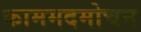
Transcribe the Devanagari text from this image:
काममदमोचन